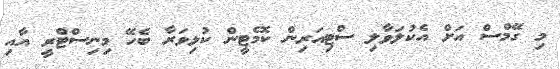
މި ގޭމްސް އަށް އެކުލަވާލި ސްޓިއަރިން ކޮމެޓީން ކުޅިވަރާ ބެހޭ މިނިސްޓްރީ އާއި